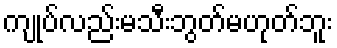
ကျုပ်လည်းမသီးဘွတ်မဟုတ်ဘူး